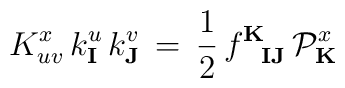
K^x_{uv} \, k^u_\mathbf{I} \, k^v_\mathbf{J} \, = \, {\frac{1}{2}} \,f^{\mathbf{K}}_{\phantom{\mathbf{K}}\mathbf{I}\mathbf{J}}\, {\cal P}_\mathbf{K}^{x}